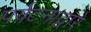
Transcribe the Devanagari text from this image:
पर्यटनाद्वारे